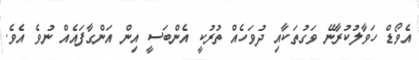
އެވޯޑް ހަވާލުކުރާނޭ ވަގުތަކާއި ދުވަހެއް ތުރުކީ އެންބަސީ އިން އަންގާފައެއް ނުވެ އެވެ.